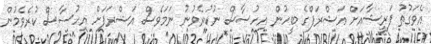
އެވަގުތު ފަރީޝާއަށް އަޝްރަފްގެ ބީހުން އިހުސާސް ނުކުރެވުނު ނަމަވެސް އަޝްރަފަށް އިހުސާސް ކުރެވެމުން